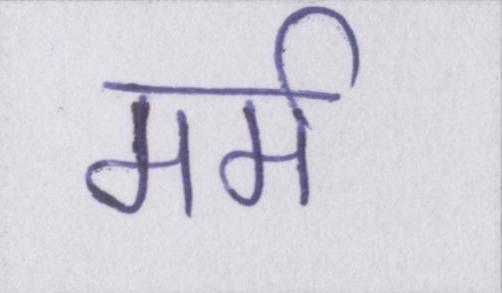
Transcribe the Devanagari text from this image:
मर्म